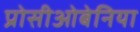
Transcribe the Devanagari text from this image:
प्रोसीओबेनिया